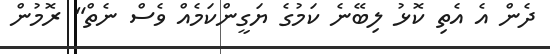
ދެން އެ އެތި ކޮޅު ލިބޭނެ ކަމުގެ ޔަގީންކަމެއް ވެސް ނެތް" ރޮމުން